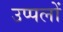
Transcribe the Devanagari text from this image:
उप्पलों